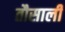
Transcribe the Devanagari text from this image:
तौसाली